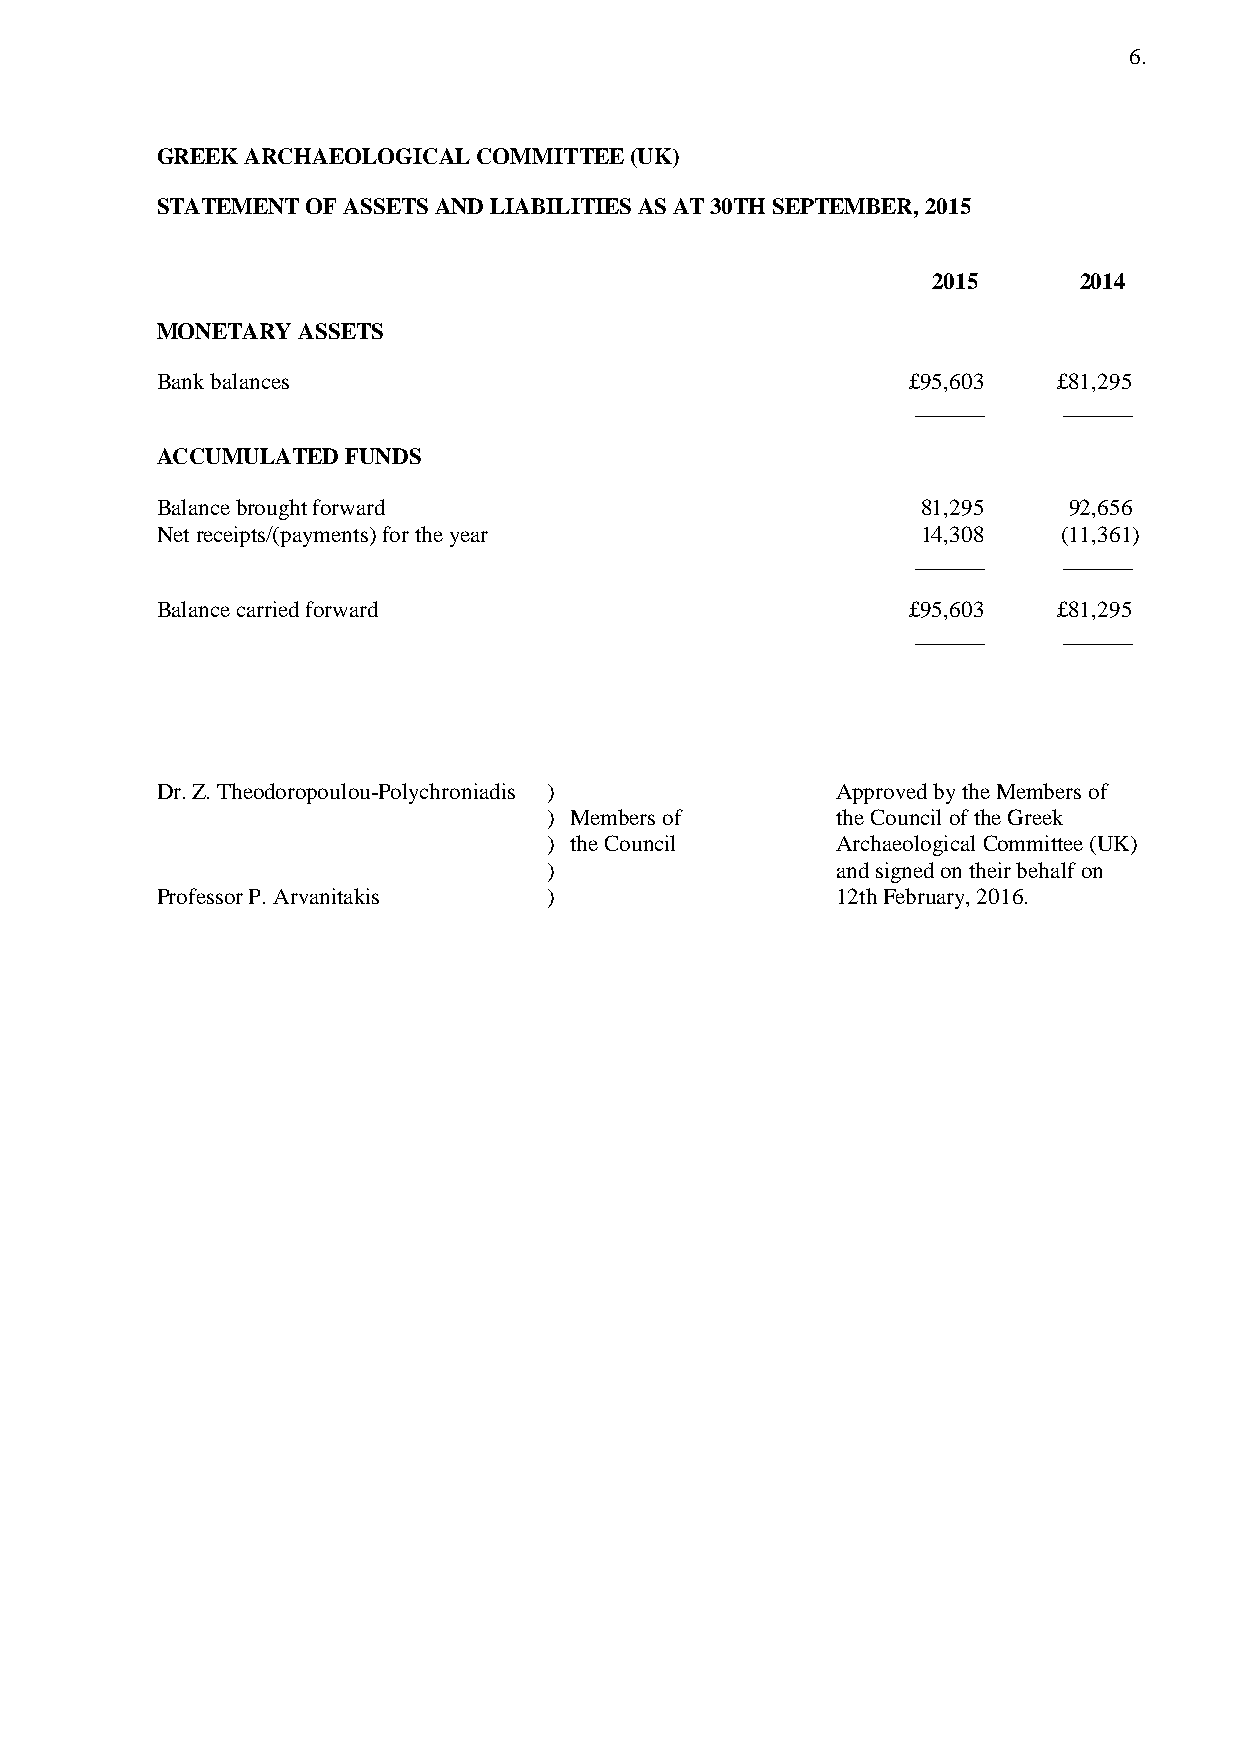
6.
 GREEK ARCHAEOLOGICAL  COMMITTEE (UK)
 STATEMENT OF ASSETS AND LIABILITIES AS AT 30TH SEPTEMBER, 2015
 2015     2014
 MONETARY  ASSETS
 Bank balances                                     £95,603   £81,295
 ______   ______
 ACCUMULATED  FUNDS
 Balance brought forward                            81,295    92,656
 Net receipts/(payments) for the year               14,308   (11,361)
 ______   ______
 Balance carried forward                           £95,603   £81,295
 ______   ______
 Dr. Z. Theodoropoulou-Polychroniadis )       Approved by the Members of
 ) Members of       the Council of the Greek
 ) the Council      Archaeological Committee (UK)
 )                  and signed on their behalf on
 Professor P. Arvanitakis  )                  12th February, 2016.